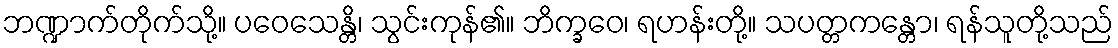
ဘဏ္ဍာက်တိုက်သို့။ ပဝေသေန္တိ၊ သွင်းကုန်၏။ ဘိက္ခဝေ၊ ရဟန်းတို့။ သပတ္တကန္တော၊ ရန်သူတို့သည်